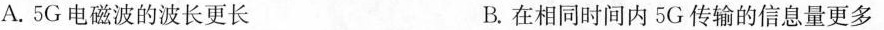
A.5G电磁波的波长更长 B.在相同时间内5G传输的信息量更多